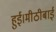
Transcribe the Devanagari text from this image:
हुई।मीठीबाई